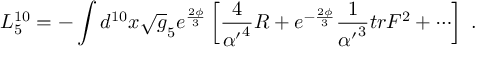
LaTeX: L _ { 5 } ^ { 1 0 } = - \int d ^ { 1 0 } x \sqrt g _ { 5 } e ^ { \frac { 2 \phi } { 3 } } \left[ { \frac { 4 } { { \alpha ^ { \prime } } ^ { 4 } } } R + e ^ { - { \frac { 2 \phi } { 3 } } } { \frac { 1 } { { \alpha ^ { \prime } } ^ { 3 } } } t r F ^ { 2 } + \cdots \right] \ .